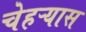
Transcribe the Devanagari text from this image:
चेहऱ्यास